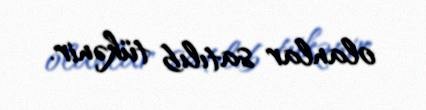
olanlar satılıb tükənir.